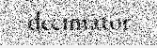
decimator